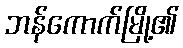
ဘန်ကောက်မြို့၏